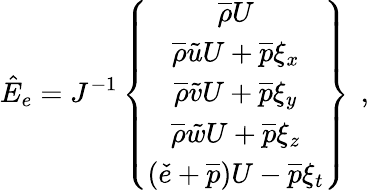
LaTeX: \hat{E}_{e}=J^{-1}\left\{ \begin{array}{c}{\overline{{\rho}}U}\\ {\overline{{\rho}}\tilde{u}U+\overline{{p}}\xi_{x}}\\ {\overline{{\rho}}\tilde{v}U+\overline{{p}}\xi_{y}}\\ {\overline{{\rho}}\tilde{w}U+\overline{{p}}\xi_{z}}\\ {\left(\check{e}+\overline{{p}}\right)U-\overline{{p}}\xi_{t}}\end{array}\right\} \, \mathrm{~,~}